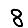
Digit: 8